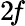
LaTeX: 2\! f